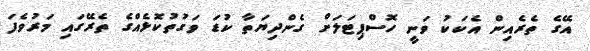
އޭގެ ތެރެއިން އެކަކު ވަނީ ހޮސްޕިޓަލަށް ގެެންދިޔަތާ ކުޑަ ވަގުތުކޮޅެއްގެ ތެރޭގައި މަރުވެފަ